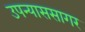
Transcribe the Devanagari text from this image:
उपन्याससागर